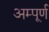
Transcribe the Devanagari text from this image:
अम्पूर्ण